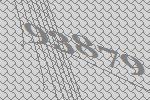
93879